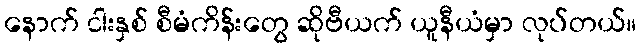
နောက် ငါးနှစ် စီမံကိန်းတွေ ဆိုဗီယက် ယူနီယံမှာ လုပ်တယ်။